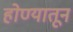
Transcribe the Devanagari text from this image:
होण्यातून